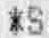
*S